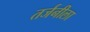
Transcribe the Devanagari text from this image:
तर्जनीला